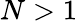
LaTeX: {N>1}